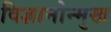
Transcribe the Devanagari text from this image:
विज्ञानोन्मुख